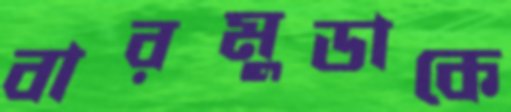
বারমুডাকে